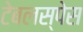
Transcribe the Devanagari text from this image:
टेबलस्पेस